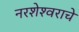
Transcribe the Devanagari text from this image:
नरशेश्‍वराचे